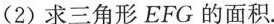
(2)求三角形EFG的面积。